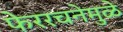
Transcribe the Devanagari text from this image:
फेररचनेमुळे